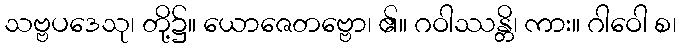
သဗ္ဗပဒေသု၊ တို့၌။ ယောဇေတဗ္ဗော၊ ၏။ ဂဝါဿန္တိ၊ ကား။ ဂါဝေါ စ၊